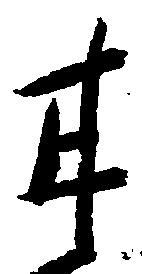
甘